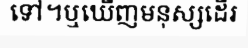
ទៅ។ឬឃើញមនុស្សដើរ